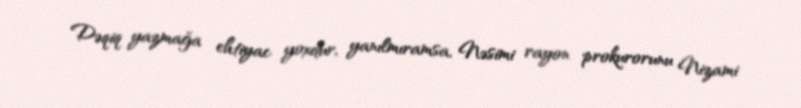
Dəqiq yazmağa ehtiyac yoxdur, yanılmıramsa, Nəsimi rayon prokurorunu Nizami